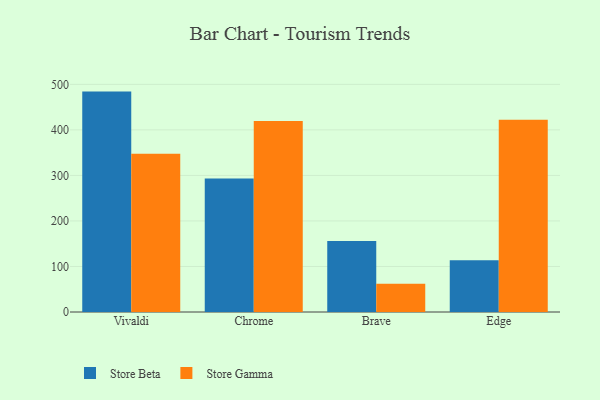
{"axis": {"x": "Browser", "y": "Market Share (%)"}, "legend": ["Store Beta", "Store Gamma"], "data": [{"x": "Vivaldi", "y": 484.1, "type": "Store Beta"}, {"x": "Vivaldi", "y": 347.4, "type": "Store Gamma"}, {"x": "Chrome", "y": 293.1, "type": "Store Beta"}, {"x": "Chrome", "y": 419.7, "type": "Store Gamma"}, {"x": "Brave", "y": 156.1, "type": "Store Beta"}, {"x": "Brave", "y": 62.1, "type": "Store Gamma"}, {"x": "Edge", "y": 113.6, "type": "Store Beta"}, {"x": "Edge", "y": 422.5, "type": "Store Gamma"}]}